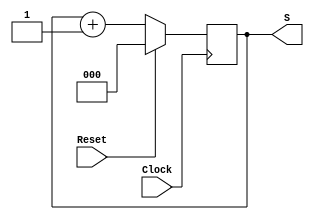
module ContadorSincrono(Clock, Reset, S);
	input Clock, Reset; 
	output reg [2:0] S;
	
	always @(negedge Clock)
		if(Reset)
			S <= 3'b000;
		else
			S <= S + 3'b001;
endmodule